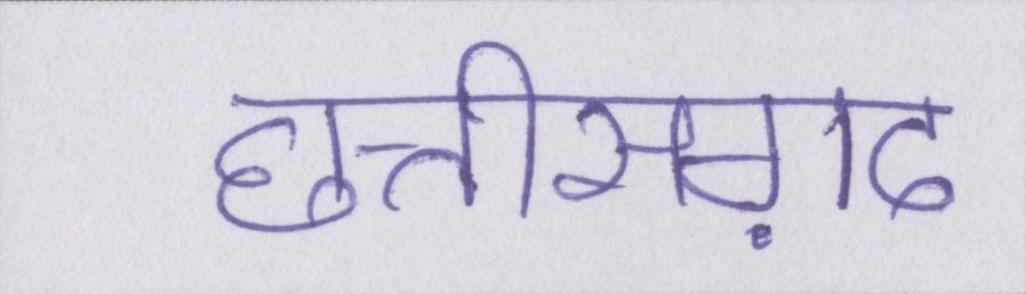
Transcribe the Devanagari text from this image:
छत्तीसग़ढ